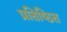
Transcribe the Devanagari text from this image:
प्रतिष्‍ठित